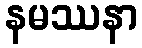
နမဿနာ